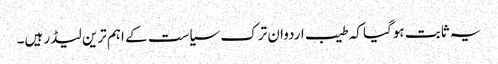
یہ ثابت ہوگیا کہ طیب اردوان ترک سیاست کے اہم ترین لیڈر ہیں۔